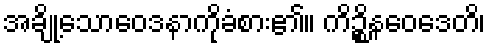
အချို့သောဝေဒနာကိုခံစား၏။ ကိဉ္စိနဝေဒေတိ၊